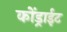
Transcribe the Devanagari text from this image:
कोंड्राईट